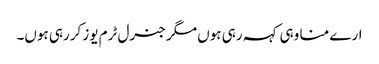
ارے منا وہی کہہ رہی ہوں مگر جنرل ٹرم یوز کررہی ہوں۔